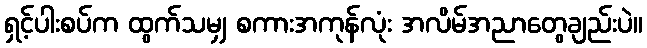
ရှင့်ပါးစပ်က ထွက်သမျှ စကားအကုန်လုံး အလိမ်အညာတွေချည်းပဲ။